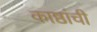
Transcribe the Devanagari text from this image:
काष्ठांची